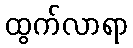
ထွက်လာရာ